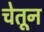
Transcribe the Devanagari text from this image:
चेतून